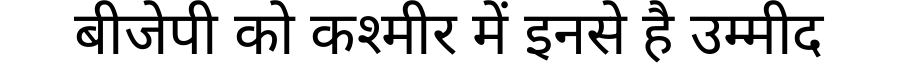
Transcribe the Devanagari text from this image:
बीजेपी को कश्मीर में इनसे है उम्मीद